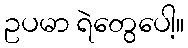
ဥပမာ ရဲတွေပေါ့။